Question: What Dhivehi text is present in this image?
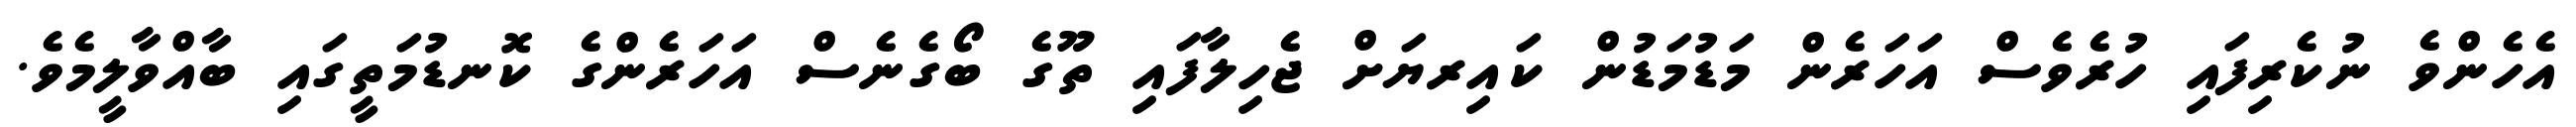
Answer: އެހެންވެ ނުކެރިފައި ހުރެވެސް އަހަރެން މަޑުމަޑުން ކައިރޔަށް ޖެހިލާފައި ތޫގެ ބޯގެނެސް އަހަރެންގެ ކޮނޑުމަތީގައި ބާއްވާލީމެވެ.